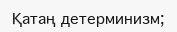
Қатаң детерминизм;